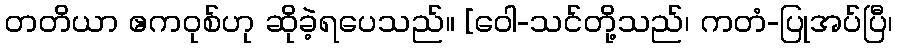
တတိယာ ဧကဝုစ်ဟု ဆိုခဲ့ရပေသည်။ [ဝေါ-သင်တို့သည်၊ ကတံ-ပြုအပ်ပြီ၊